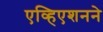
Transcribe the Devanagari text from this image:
एव्हिएशनने